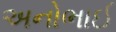
અનોભાઈ